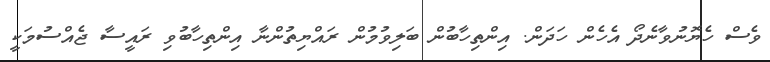
ވެސް ހެޔޮނުވާނެދޯ އެހެން ހަދަން. އިންތިހާބުން ބަލިވުމުން ރައްޔިތުންނާ އިންތިހާބުވި ރައީސާ ޖެއްސުމަކީ